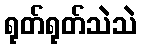
ရုတ်ရုတ်သဲသဲ